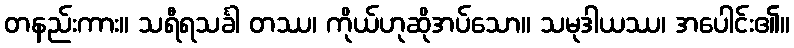
တနည်းကား။ သရီရသင်္ခါ တဿ၊ ကိုယ်ဟုဆိုအပ်သော။ သမုဒါယဿ၊ အပေါင်း၏။